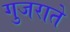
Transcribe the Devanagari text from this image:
गुजराते